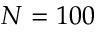
N = 1 0 0